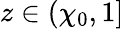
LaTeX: z\in(\chi_{0},1]